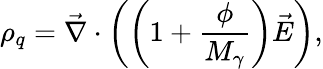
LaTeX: \rho_{q}=\vec{\nabla}\cdot\left(\left(1+\frac{\phi}{M_{\gamma}}\right)\vec{E}\right),